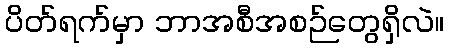
ပိတ်ရက်မှာ ဘာအစီအစဉ်တွေရှိလဲ။